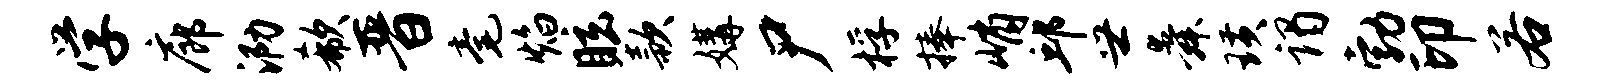
学廊泐欷晋毫焰眩款媾尸桴捧峭邱世舜璜谒勃印若